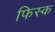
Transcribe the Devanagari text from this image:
फिस्‍क